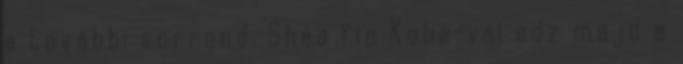
a további sorrend. Shaq fia Kobe-val edz majd a